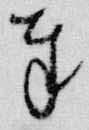
奉